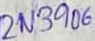
Text: 2N3906